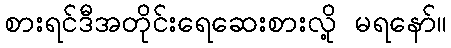
စားရင်ဒီအတိုင်းရေဆေးစားလို့ မရနော်။